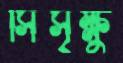
সিসৃক্ষু